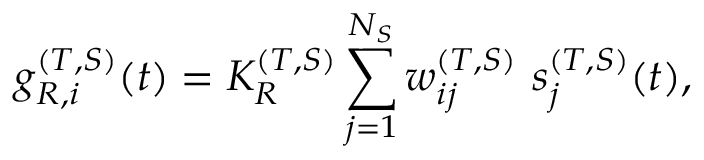
g _ { R , i } ^ { ( T , S ) } ( t ) = K _ { R } ^ { ( T , S ) } \sum _ { j = 1 } ^ { N _ { S } } w _ { i j } ^ { ( T , S ) } ~ s _ { j } ^ { ( T , S ) } ( t ) ,